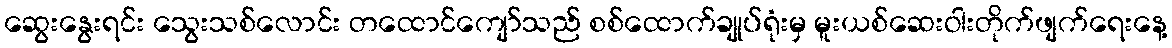
ဆွေးနွေးရင်း သွေးသစ်လောင်း တထောင်ကျော်သည် စစ်ထောက်ချုပ်ရုံးမှ မူးယစ်ဆေးဝါးတိုက်ဖျက်ရေးနေ့